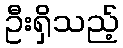
ဦးရှိသည့်